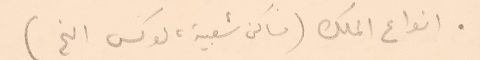
● انواع الملك (مساكن شعبية لوكس الخ)